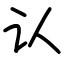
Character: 认